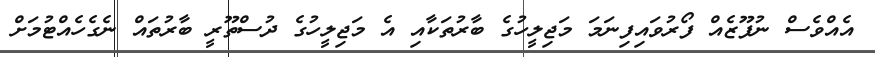
އެއްވެސް ނުފޫޒެއް ފޯރުވައިފިނަމަ މަޖިލީހުގެ ބާރުތަކާއި އެ މަޖިލީހުގެ ދުސްތޫރީ ބާރުތައް ނެގެހެއްޓުމަށް